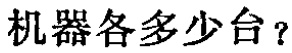
机器各多少台？